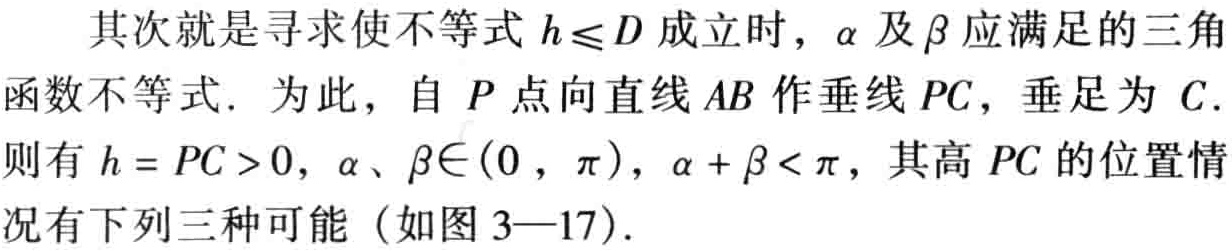
其次就是寻求使不等式 \(h\leq D\) 成立时，\(\alpha\) 及 \(\beta\) 应满足的三角函数不等式. 为此，自 \(P\) 点向直线 \(AB\) 作垂线 \(PC\)，垂足为 \(C\). 则有 \(h = PC>0\)，\(\alpha、\beta\in(0,\pi)\)，\(\alpha + \beta<\pi\)，其高 \(PC\) 的位置情况有下列三种可能（如图 3—17）.